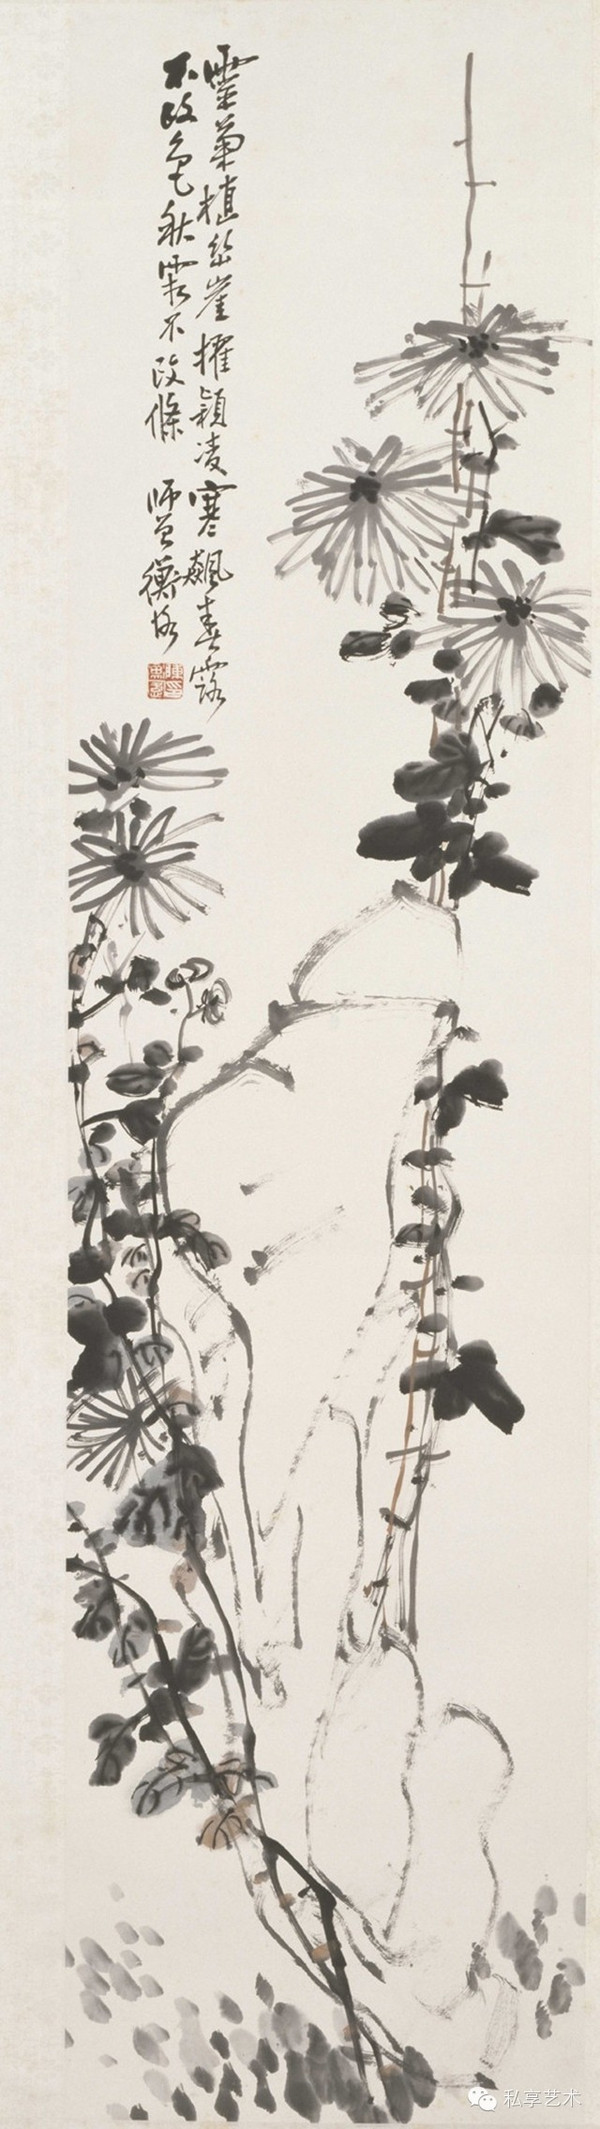
井灶有遗处，桑竹残朽株。